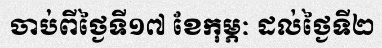
ចាប់ពីថ្ងៃទី១៧ ខែកុម្ភៈ ដល់ថ្ងៃទី២